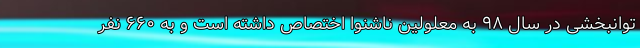
توانبخشی در سال ۹۸ به معلولین ناشنوا اختصاص داشته است و به ۶۶۰ نفر